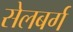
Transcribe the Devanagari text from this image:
सेलबर्ग